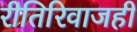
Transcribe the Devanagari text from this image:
रीतिरिवाजही